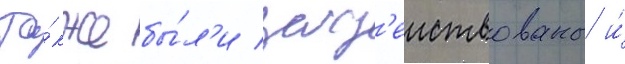
Та́кже бы́л'и зад'еиствованы и́